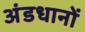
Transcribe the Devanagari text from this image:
अंडधानों